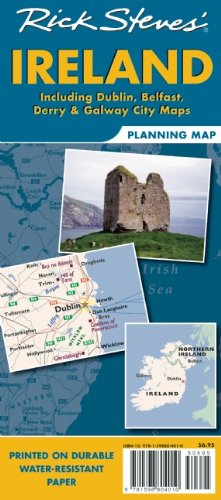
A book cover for Rick StevesEE Ireland Map; Rick Steves; Travel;